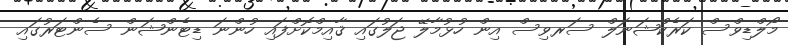
މޯލްޑިވްސް ކަރެކްޝަނަލް ސަރވިސް އިން ހުޅުމާލޭ ޖަލުގައި ޤާއިމްކޮށްފައި ހުންނަ ޑިޓެންޝަން ސެންޓަރުގައި